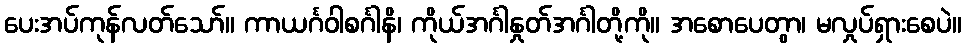
ပေးအပ်ကုန်လတ်သော်။ ကာယင်္ဂဝါစင်္ဂါနိ၊ ကိုယ်အင်္ဂါနှုတ်အင်္ဂါတို့ကို။ အစောပေတွာ၊ မလှုပ်ရှားစေပဲ။